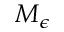
M _ { \epsilon }